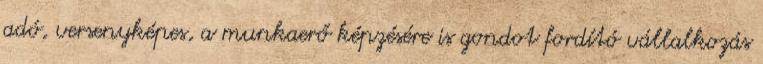
adó, versenyképes, a munkaerő képzésére is gondot fordító vállalkozás